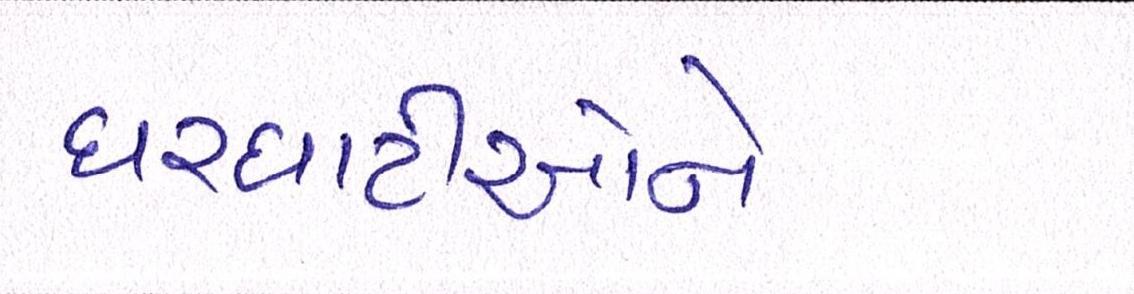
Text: ઘરઘાટીઓને